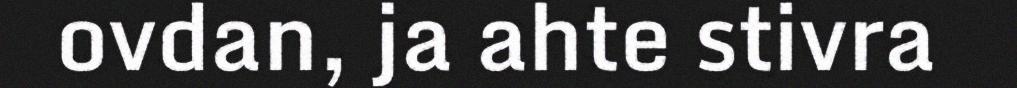
ovdan, ja ahte stivra